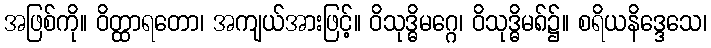
အဖြစ်ကို။ ဝိတ္ထာရတော၊ အကျယ်အားဖြင့်။ ဝိသုဒ္ဓိမဂ္ဂေ၊ ဝိသုဒ္ဓိမ၈်၌။ စရိယနိဒ္ဒေသေ၊